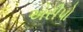
એરીપો